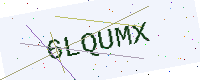
Text: 6LQUMX